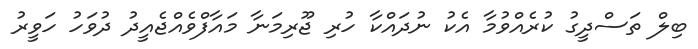
ބިލް ތަސްދީގު ކުރެއްވުމާ އެކު ނުދައްކާ ހުރި ޖޫރިމަނާ މައާފްވެއްޖެއީދު ދުވަހު ހަވީރު